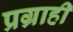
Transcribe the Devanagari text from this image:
प्रग्राही